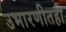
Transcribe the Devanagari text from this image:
उभारणीतही